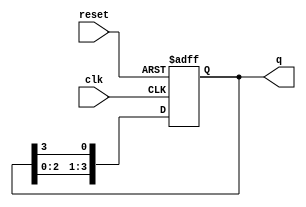
module bistable_ring_counter (
    input wire clk,        // Clock signal
    input wire reset,      // Reset signal
    output reg [3:0] q     // 4-bit output for the counter
);

// Initialize the counter state
always @(posedge clk or posedge reset) begin
    if (reset) begin
        // Set the initial state of the counter to 0001
        q <= 4'b0001;
    end else begin
        // Rotate the '1' state to the next flip-flop
        q <= {q[2:0], q[3]}; // Shift left and wrap the last bit to the first
    end
end

endmodule